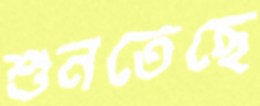
শুনতেছে